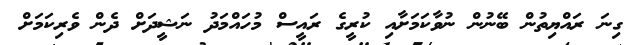
ގިނަ ރައްޔިތުން ބޭނުން ނުވާކަމަށާއި ކުރީގެ ރައީސް މުހައްމަދު ނަޝީދަށް ދެން ވެރިކަމަށް